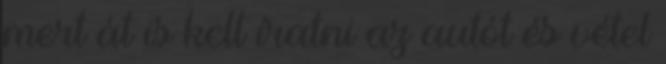
mert át is kell íratni az autót és vétel